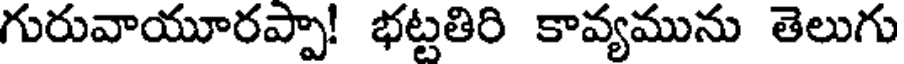
గురువాయూరప్పా! భట్టతిరి కావ్యమును తెలుగు